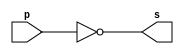
//-------------------------
//	Exemplo0002 - NOT
// Nome: Wellington Santos Corra
//-------------------------

//-------------------------
//--not gate
//-------------------------
module notgate (output s,
						input p);
 assign s = ~p;
endmodule // notgate

//-------------------------
//--test not gate
//-------------------------
module testnotgate;
//-------------------------dados locais
reg	a; // definir registrador
			// (variavel independente)
wire	s; // definir conexao (fio)
			// (variavel dependente )
//-------------------------instancia
notgate NOT1 (s, a);
//-------------------------preparacao
initial begin:start
 a=0;			// valor inicial
end
//-------------------------parte principal
initial begin
	$display("Exemplo0002 - Wellington Santos Corra - 472047");
	$display("Test NOT gate");
	$display("\n~a = s\n");
	a=0;
#1	$display("~%b = %b", a, s);
	a=1;
#1	$display("~%b = %b", a, s);
end

endmodule // testnotgate